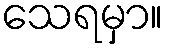
သေရမှာ။